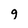
Character: g